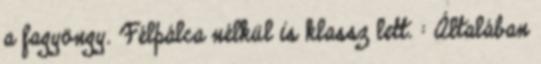
a fagyöngy. Félpálca nélkül is klassz lett. : Általában